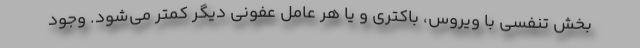
بخش تنفسی با ویروس، باکتری و یا هر عامل عفونی دیگر کمتر می‌شود. وجود